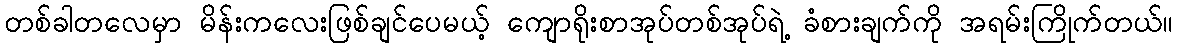
တစ်ခါတလေမှာ မိန်းကလေးဖြစ်ချင်ပေမယ့် ကျောရိုးစာအုပ်တစ်အုပ်ရဲ့ ခံစားချက်ကို အရမ်းကြိုက်တယ်။